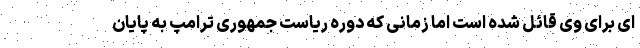
ای برای وی قائل شده است اما زمانی که دوره ریاست جمهوری ترامپ به پایان